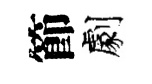
節劇